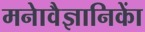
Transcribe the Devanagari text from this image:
मनाेवैज्ञानिकाें